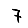
Digit: 7